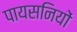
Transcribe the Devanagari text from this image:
पायसनियों